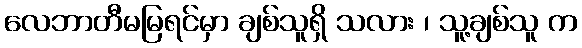
လေဘာတီမမြရင်မှာ ချစ်သူရှိ သလား ၊ သူ့ချစ်သူ က